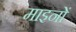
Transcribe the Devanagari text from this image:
माइनों